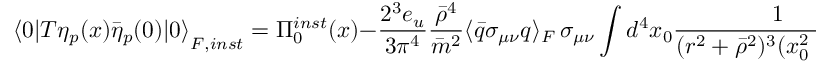
{ \langle 0 | T \eta _ { p } ( x ) \bar { \eta } _ { p } ( 0 ) | 0 \rangle } _ { F , i n s t } = \Pi _ { 0 } ^ { i n s t } ( x ) - \frac { 2 ^ { 3 } e _ { u } } { 3 \pi ^ { 4 } } \frac { \bar { \rho } ^ { 4 } } { \bar { m } ^ { 2 } } \langle \bar { q } \sigma _ { \mu \nu } q \rangle _ { F } \, \sigma _ { \mu \nu } \int d ^ { 4 } x _ { 0 } \frac { 1 } { ( r ^ { 2 } + \bar { \rho } ^ { 2 } ) ^ { 3 } ( x _ { 0 } ^ { 2 } + \bar { \rho } ^ { 2 } ) ^ { 3 } }